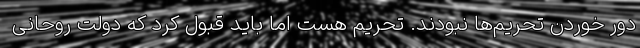
دور خوردن تحریم‌ها نبودند. تحریم هست اما باید قبول کرد که دولت روحانی